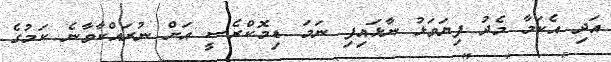
އަދި އެކަމާ މެދު ފިޔަވަޅު ނާޅައިފި ނަމަ ޑިމޮކްރެސީ އަށް ނުރައްކާވާނެ ކަމުގެ